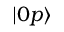
| 0 p \rangle